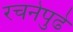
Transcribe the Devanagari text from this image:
रचनेपुढे